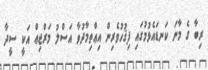
ރިބާ ގެ މާނަ ކަނޑައެޅުމުގައި ފިޤުހުވެރިން އިޢްތިމާދުވާ އަސްލު މަރްޖިޢް އަކީ ސީދާ